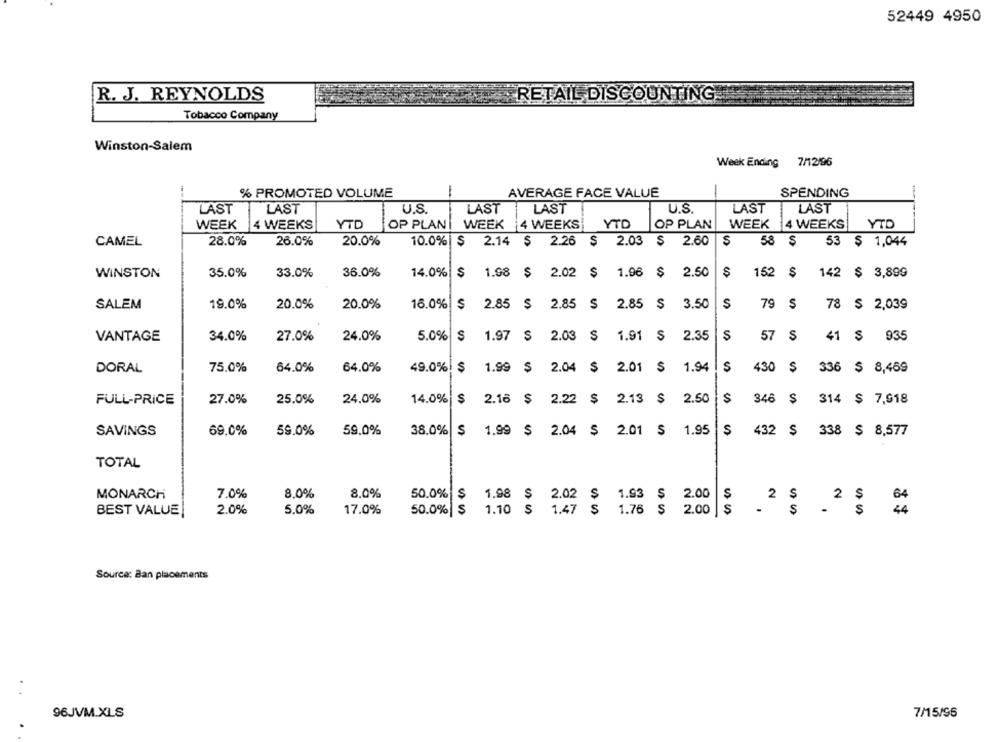
52449 4950
RETAIL DISCOUNTING
R. J. REYNOLDS
Tobacco Company
Winston-Salem
Week Ending 7/12/96
% PROMOTED VOLUME
AVERAGE FACE VALUE
SPENDING
LAST
LAST
LAST
LAST
LAST
U.S.
LAST
U.S.
WEEK
14 WEEKS
YTD
OP PLAN
WEEK 4 WEEKS
YTD
OP PLAN
WEEK
4 WEEKS
YTD
CAMEL
28.0%
26.0%
20.0%
10.0% $ 2.14 $ 2.26 $ 2.03 $ 2.60 $
58 $
53 $ 1,044
WINSTON
35.0%
33.0%
36.0%
14.0%
$ 1.98 $ 2.02 $ 1.96 $ 2.50
$
152 $
$
142 $ 3,899
19.0%
20.0%
20.0%
3.50
S
79
S
78
$ 2,039
SALEM
16.0%
$ 2.85 $ 2.85 $ 2.85 $
VANTAGE
34.0%
27.0%
24.0%
5.0%
$ 1.97 $ 2.03 $ 1.91 S
2.35
S
57
S
41 $ 935
DORAL
75.0%
64.0%
64.0%
49.0%
$ 1.99 $ 2.04 $ 2.01 $ 1.94
S
430
336 $ 8,469
FULL-PRICE
27.0%
25.0%
24.0%
14.0%
$ 2.16 $ 2.22 $ 2.13 $
2.50
$
346 $
314 $ 7,918
69.0%
59.0%
59.0%
38.0%
$ 1.99 $ 2.04 $ 2.01 $ 1.95
S
432
S
SAVINGS
338 $ 8,577
TOTAL
MONARCH
7.0%
8,0%
8.0%
50.0%
1.98 $ 2.02 $ 1.93 $ 2.00
2
S
2 $
BEST VALUE!
2.0%
5.0%
17.0%
50.0% $
1.10 $ 1.47 $ 1.76 $ 2.00 $
Source: Ban placements
. .
96JVM.XLS
7/15/96